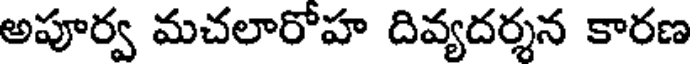
అపూర్వ మచలారోహ దివ్యదర్శన కారణ